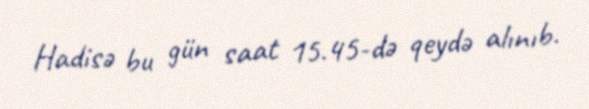
Hadisə bu gün saat 15.45-də qeydə alınıb.